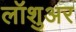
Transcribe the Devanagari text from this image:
लॉशुअर